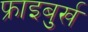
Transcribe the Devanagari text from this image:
फ्राइबुर्ख